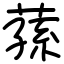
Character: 蓀